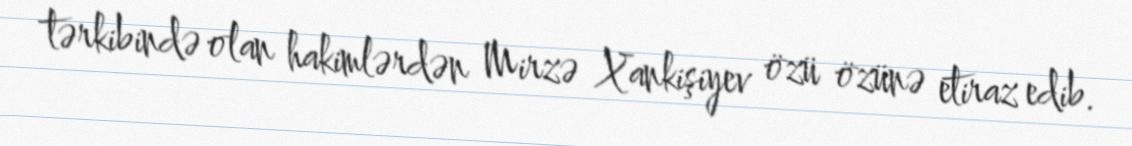
tərkibində olan hakimlərdən Mirzə Xankişiyev özü özünə etiraz edib.